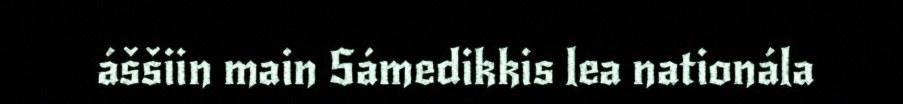
áššiin main Sámedikkis lea nationála